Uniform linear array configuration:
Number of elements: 12
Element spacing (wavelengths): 0.25
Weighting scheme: exponential
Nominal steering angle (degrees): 15
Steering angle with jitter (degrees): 15.496
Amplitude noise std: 0.05
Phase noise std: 0.05

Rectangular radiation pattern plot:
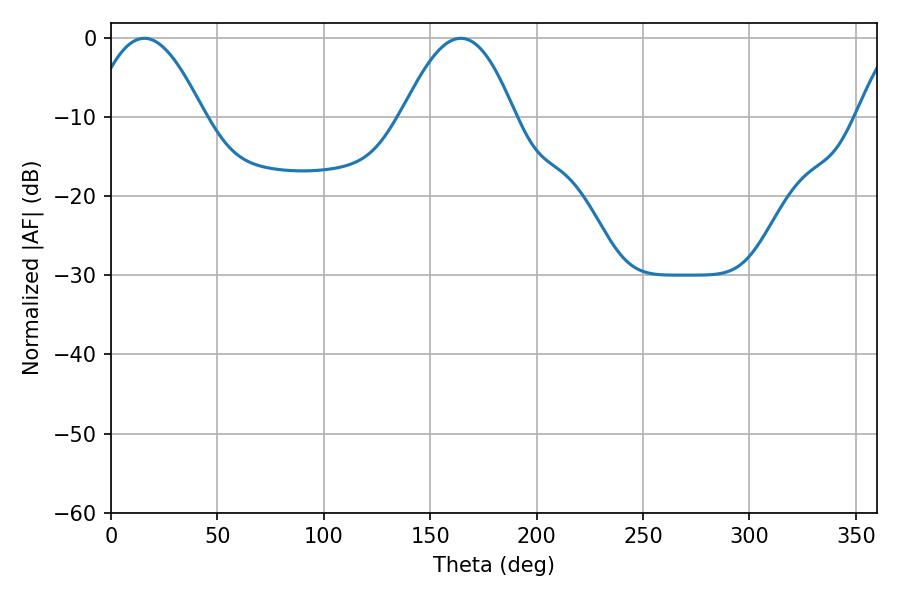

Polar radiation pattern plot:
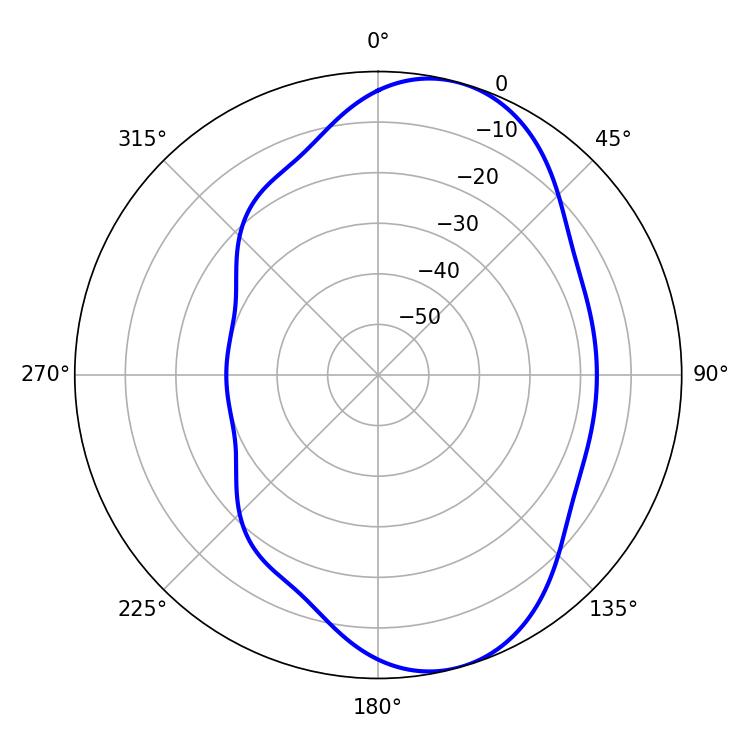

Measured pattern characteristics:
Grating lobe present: FALSE
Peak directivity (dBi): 7.882
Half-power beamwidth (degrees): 28.8
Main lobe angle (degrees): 15.66